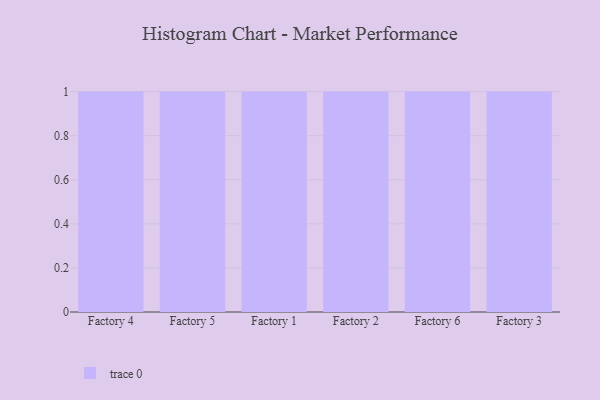
{"axis": {"x": "Factory", "y": "Churn Rate (%)"}, "legend": [""], "data": [{"x": "Factory 4", "y": 89, "type": ""}, {"x": "Factory 5", "y": 84, "type": ""}, {"x": "Factory 1", "y": 74, "type": ""}, {"x": "Factory 2", "y": 58, "type": ""}, {"x": "Factory 6", "y": 19, "type": ""}, {"x": "Factory 3", "y": 19, "type": ""}]}